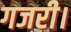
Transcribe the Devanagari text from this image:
गजरी।